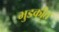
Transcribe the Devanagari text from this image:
भुडकीत